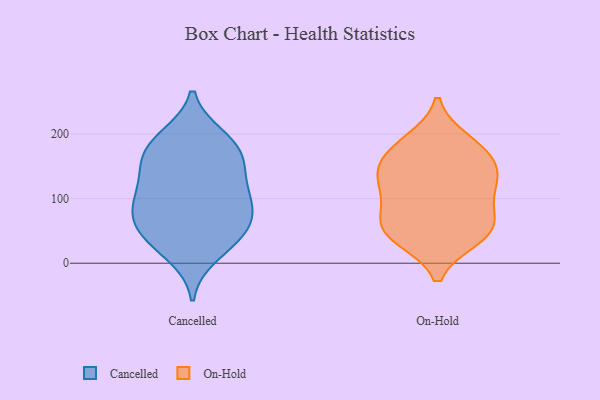
{"axis": {"x": "Humidity (%)", "y": "Value"}, "legend": ["Cancelled", "On-Hold"], "data": [{"x": "", "y": 84, "type": "Cancelled"}, {"x": "", "y": 90, "type": "Cancelled"}, {"x": "", "y": 181, "type": "Cancelled"}, {"x": "", "y": 12, "type": "Cancelled"}, {"x": "", "y": 27, "type": "Cancelled"}, {"x": "", "y": 107, "type": "Cancelled"}, {"x": "", "y": 96, "type": "Cancelled"}, {"x": "", "y": 196, "type": "Cancelled"}, {"x": "", "y": 139, "type": "Cancelled"}, {"x": "", "y": 159, "type": "Cancelled"}, {"x": "", "y": 49, "type": "Cancelled"}, {"x": "", "y": 112, "type": "Cancelled"}, {"x": "", "y": 59, "type": "Cancelled"}, {"x": "", "y": 194, "type": "Cancelled"}, {"x": "", "y": 48, "type": "Cancelled"}, {"x": "", "y": 168, "type": "Cancelled"}, {"x": "", "y": 59, "type": "Cancelled"}, {"x": "", "y": 151, "type": "Cancelled"}, {"x": "", "y": 188, "type": "On-Hold"}, {"x": "", "y": 134, "type": "On-Hold"}, {"x": "", "y": 40, "type": "On-Hold"}, {"x": "", "y": 152, "type": "On-Hold"}, {"x": "", "y": 163, "type": "On-Hold"}, {"x": "", "y": 101, "type": "On-Hold"}, {"x": "", "y": 62, "type": "On-Hold"}, {"x": "", "y": 115, "type": "On-Hold"}, {"x": "", "y": 180, "type": "On-Hold"}, {"x": "", "y": 64, "type": "On-Hold"}, {"x": "", "y": 129, "type": "On-Hold"}, {"x": "", "y": 53, "type": "On-Hold"}, {"x": "", "y": 41, "type": "On-Hold"}]}